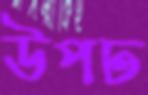
উপঢ